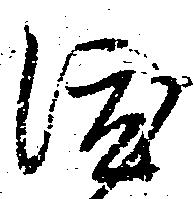
渡